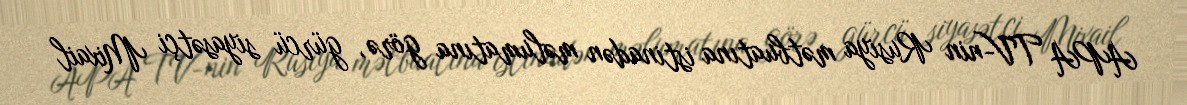
APA TV-nin Rusiya mətbuatına istinadən məlumatına görə, gürcü siyasətçi Mixail